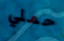
حملي